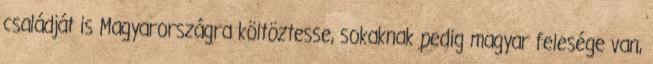
családját is Magyarországra költöztesse, sokaknak pedig magyar felesége van,